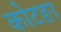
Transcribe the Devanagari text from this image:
कोटङा